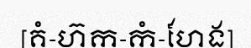
[គំ-ហ៊ក-កំ-ហែង]